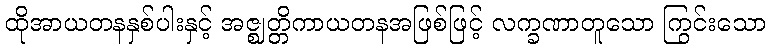
ထိုအာယတနနှစ်ပါးနှင့် အဇ္ဈတ္တိကာယတနအဖြစ်ဖြင့် လက္ခဏာတူသော ကြွင်းသော